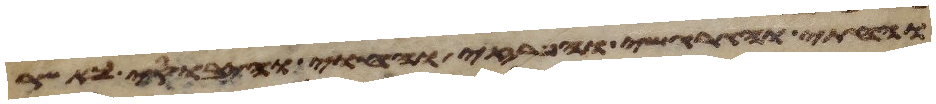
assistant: והחתי והגרגשי והפרזי והחוי והיבוסי כאשר